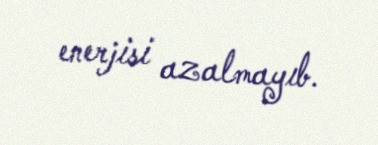
enerjisi azalmayıb.